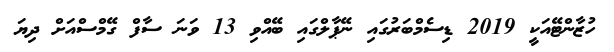
ހުޒާންޓޭއަކީ 2019 ޑިސެމްބަރުގައި ނޭޕާލްގައި ބޭއްވި 13 ވަނަ ސާފް ގޭމްސްއަށް ދިޔަ